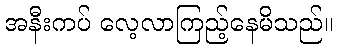
အနီးကပ် လေ့လာကြည့်နေမိသည်။